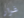
غرار